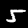
Label: 5